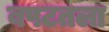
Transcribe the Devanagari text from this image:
बपटतला